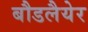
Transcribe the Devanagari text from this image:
बौडलैयेर